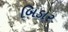
બિડાર